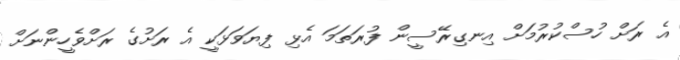
އެ ރަށް ހުސްކުރުމަށް އިނގިރޭސީން ފުރަތަމަ އެޅި ފިޔަވަޅަކީ އެ ރަށުގެ ރަށްވެހީންނަށް